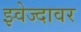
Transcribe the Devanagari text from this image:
झ्वेज्दावर